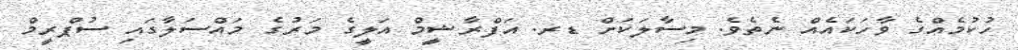
ހުކުމެއްގެ ވާހަކައެއް ނެތެވެ. މިސާލަކަށް ޑރ. އަފްރާޝީމް އަލީގެ މަރުގެ މައްސަލާގައި ސުޕްރީމް